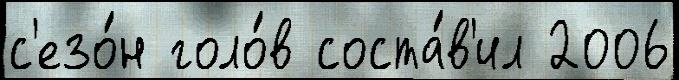
с'езо́н голо́в соста́в'ил 2006